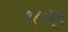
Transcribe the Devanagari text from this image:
१८०हून